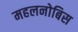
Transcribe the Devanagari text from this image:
महलनोबिस